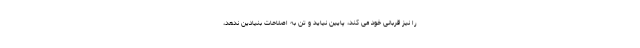
را نیز قربانی خود می کند، پایین نیاید و تن به اصلاحات بنیادین ندهد،